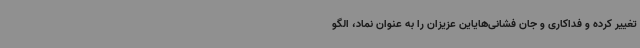
تغییر کرده و فداکاری و جان فشانی‌هایاین عزیزان را به عنوان نماد، الگو